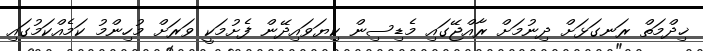
ޚިދްމަތް ރަނގަޅަށް ދިނުމަށް ރާއްޖޭގައި މެޑިސިން ކިޔަވައިދޭން ފެށުމަކީ ވަރަށް މުހިންމު ކަމެއްކަމުގައި